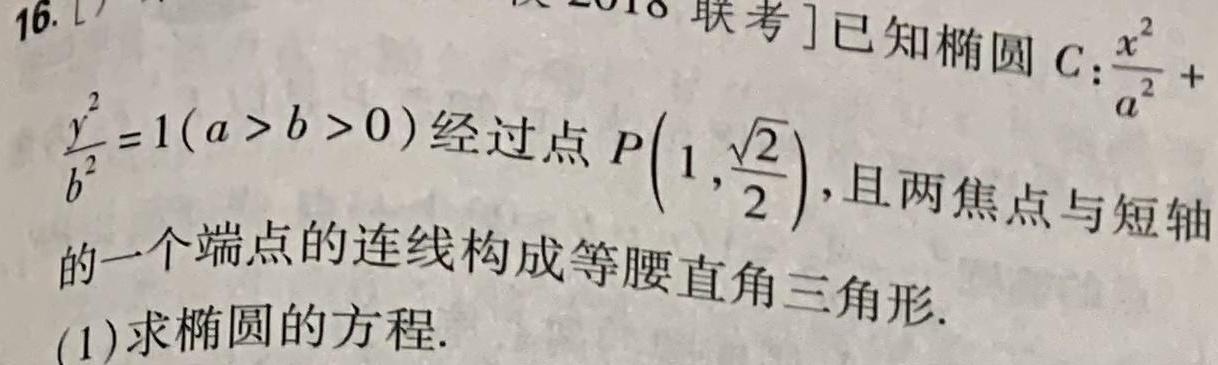
已知椭圆$C:\frac{x^{2}}{a^{2}}+\frac{y^{2}}{b^{2}} = 1(a > b > 0)$经过点$P(1,\frac{\sqrt{2}}{2})$，且两焦点与短轴的一个端点的连线构成等腰直角三角形.
(1)求椭圆的方程.